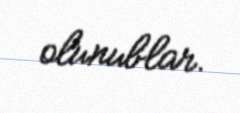
olunublar.